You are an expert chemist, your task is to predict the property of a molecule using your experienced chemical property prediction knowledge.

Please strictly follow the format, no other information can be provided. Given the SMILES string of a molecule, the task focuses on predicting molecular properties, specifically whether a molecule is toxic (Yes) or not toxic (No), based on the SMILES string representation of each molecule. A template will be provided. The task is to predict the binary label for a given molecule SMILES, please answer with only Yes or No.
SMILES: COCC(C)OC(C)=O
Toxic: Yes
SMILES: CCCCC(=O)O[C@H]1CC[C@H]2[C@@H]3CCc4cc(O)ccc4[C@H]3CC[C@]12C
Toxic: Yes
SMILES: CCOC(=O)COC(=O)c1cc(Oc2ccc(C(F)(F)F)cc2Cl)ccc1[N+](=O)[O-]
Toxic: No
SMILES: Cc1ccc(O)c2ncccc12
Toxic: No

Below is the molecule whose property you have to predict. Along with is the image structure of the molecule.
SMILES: COc1ccc(C=O)cc1O
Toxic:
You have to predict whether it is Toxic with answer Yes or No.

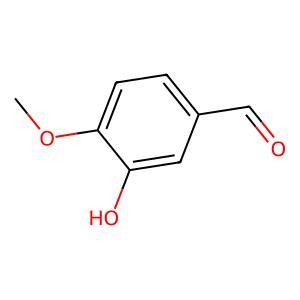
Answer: No